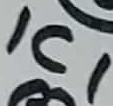
Text: IC1